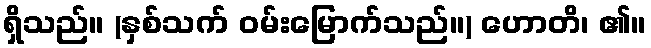
ရှိသည်။ (နှစ်သက် ဝမ်းမြောက်သည်။) ဟောတိ၊ ၏။